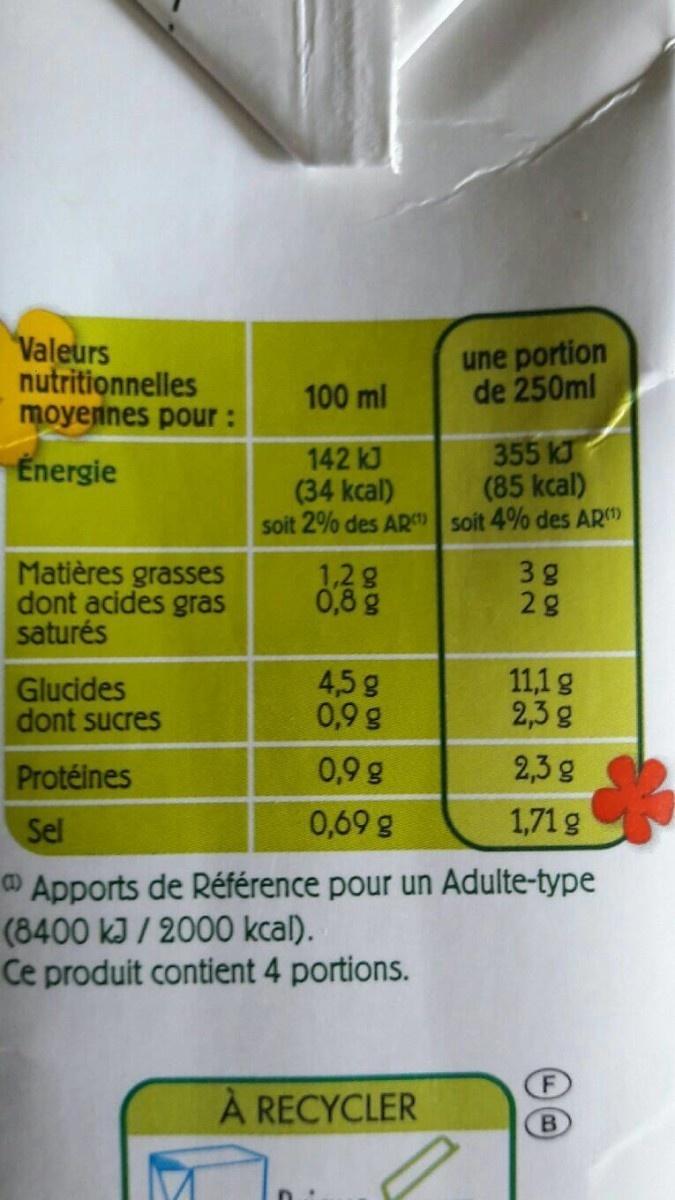
Valeurs nutritionnelles moyennes pour:
une portion de 250ml
100 ml
142 kJ (34 kcal) soit 2% des ARm soit 4% des AR
355 kJ (85 kcal)
Energie
Matières grasses dont acides gras saturés
1,2 g 0,8 g
3g 2g
Glucides dont sucres
4,5g 0,9 g
11,1 g 2,3g
Protéines
0,9 g
2,3 g
Sel
0,69 g
1,71 g
O Apports de Référence pour un Adulte-type (8400 kJ / 2000 kcal). Ce produit contient 4 portions.
F
À RECYCLER